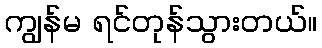
ကျွန်မ ရင်တုန်သွားတယ်။